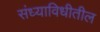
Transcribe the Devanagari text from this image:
संध्याविधीतील